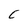
Character: C